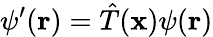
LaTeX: \psi^{\prime}(\mathbf{r})={\hat{T}}(\mathbf{x})\psi(\mathbf{r})